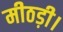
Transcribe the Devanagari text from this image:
मीठड़ी।